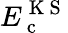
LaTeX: E_{\mathrm{~c~}}^{\mathrm{~K~S~}}